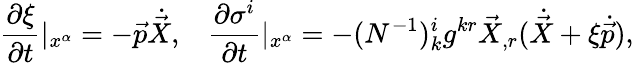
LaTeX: \frac{\partial\xi}{\partial t}|_{x^{\alpha}}=-\vec{p}\dot{\vec{X}},\; \; \; \frac{\partial\sigma^{i}}{\partial t}|_{x^{\alpha}}=-(N^{-1})_{k}^{i}g^{kr}\vec{X}_{,r}(\dot{\vec{X}}+\xi\dot{\vec{p}}),